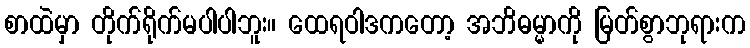
စာထဲမှာ တိုက်ရိုက်မပါပါဘူး။ ထေရဝါဒကတော့ အဘိဓမ္မာကို မြတ်စွာဘုရားက